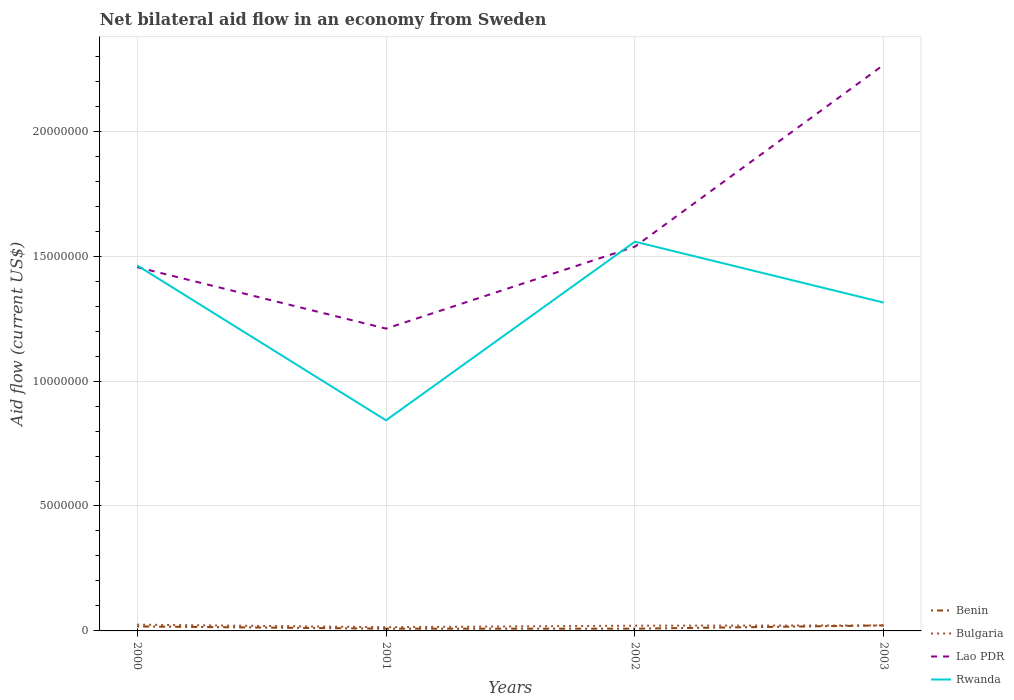
| Years | Benin | Bulgaria | Lao PDR | Rwanda |
 | --- | --- | --- | --- | --- |
 | 2000 | 1.8e+05 | 2.5e+05 | 1.46e+07 | 1.46e+07 |
 | 2001 | 9e+04 | 1.5e+05 | 1.21e+07 | 8.43e+06 |
 | 2002 | 9e+04 | 2.1e+05 | 1.54e+07 | 1.56e+07 |
 | 2003 | 2.2e+05 | 2.2e+05 | 2.27e+07 | 1.31e+07 |